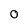
Character: 0